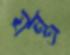
যন্ত্র